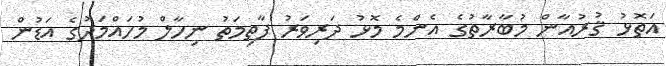
އަތޮޅު ޤުރުއާން މުބާރާތުގެ އެންމެ މޮޅު ދަރިވަރު ފާތިމަތު ނިހާލް މުހައްމަދުގެ އަޑުން